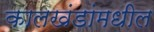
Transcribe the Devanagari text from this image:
कालखंडांमधील